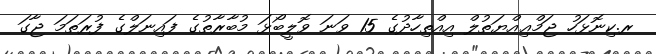
ރ.ކިނޮޅަހު ޖަމްޢިއްޔަތުލް އިއްތިހާދުގެ 15 ވަނަ ވޮލީބޯޅަ މުބާރާތުގެ ފައިނަލްގެ ފުރަތަމަ ޖާގަ